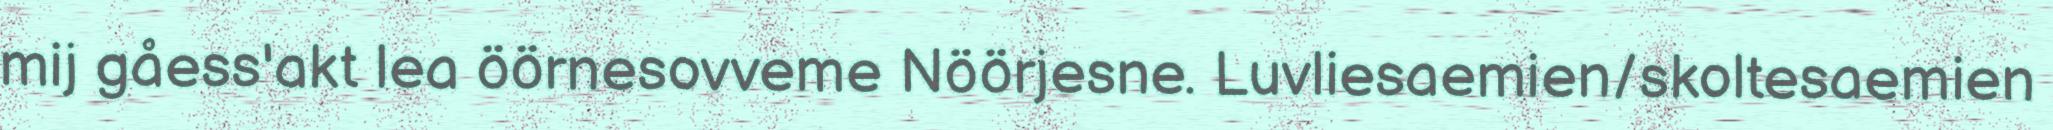
mij gåess'akt lea öörnesovveme Nöörjesne. Luvliesaemien/skoltesaemien